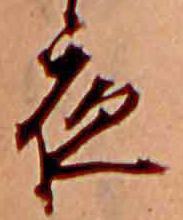
夜